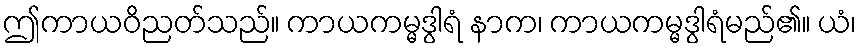
ဤကာယဝိညတ်သည်။ ကာယကမ္မဒွါရံ နာက၊ ကာယကမ္မဒွါရံမည်၏။ ယံ၊